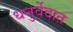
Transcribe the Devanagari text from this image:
धनुर्वेदात